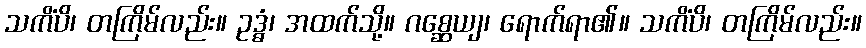
သကိံပိ၊ တကြိမ်လည်း။ ဥဒ္ဓံ၊ အထက်သို့။ ဂစ္ဆေယျ၊ ရောက်ရာ၏။ သကိံပိ၊ တကြိမ်လည်း။